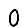
Digit: 0